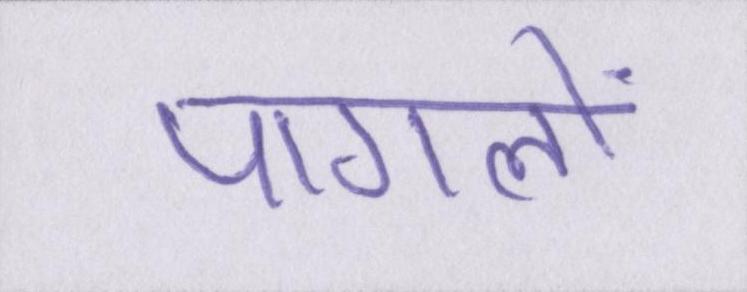
पागलों